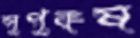
সুপুরুষ